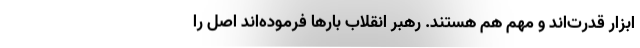
ابزار قدرت‌اند و مهم‌ هم هستند. رهبر انقلاب بارها فرموده‌اند اصل را